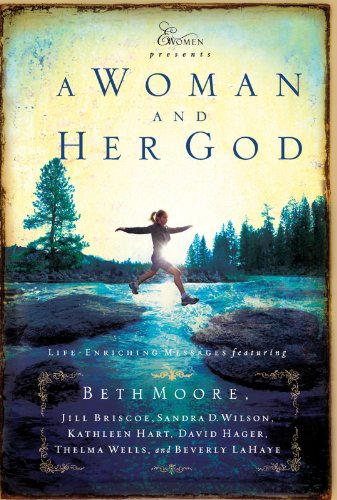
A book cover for A Woman and Her God (Extraordinary Women); Beth Moore; Christian Books & Bibles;